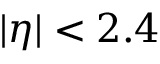
| \eta | < 2 . 4